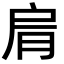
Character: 𦚑